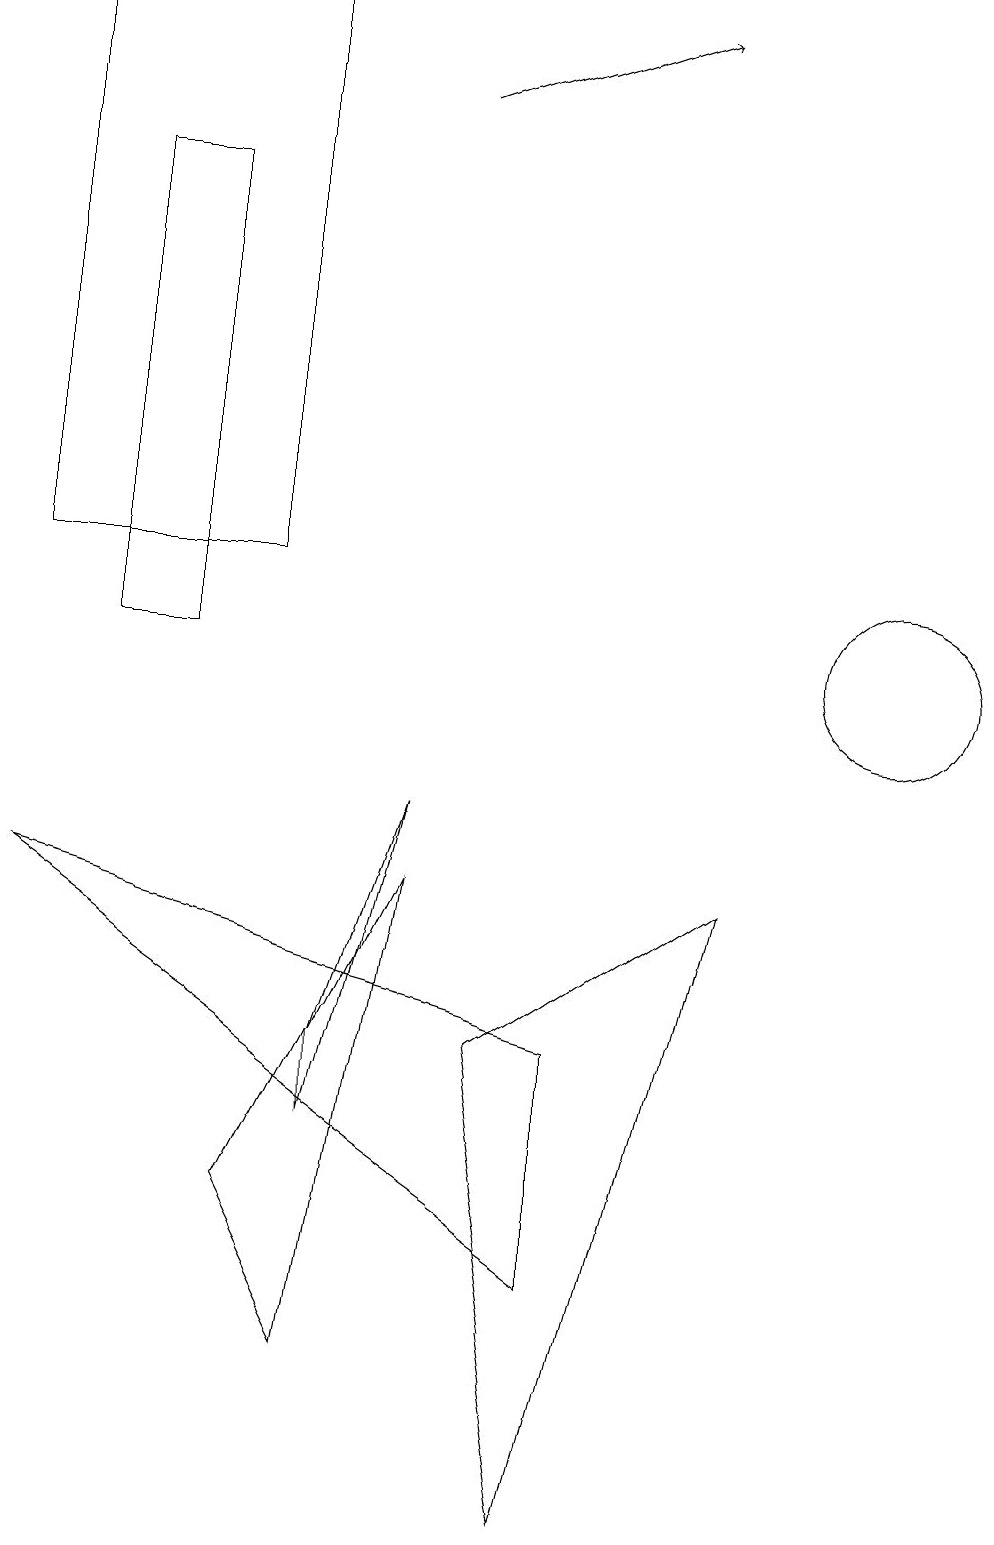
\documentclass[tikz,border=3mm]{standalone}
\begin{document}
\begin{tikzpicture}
\draw (3,19) rectangle (0,12);
\draw (11,11) circle (1);
\draw (4,2) -- (5,8) -- (3,4) -- cycle;
\draw (9,8) -- (6,6) -- (7,0) -- cycle;
\draw (7,6) -- (7,3) -- (0,8) -- cycle;
\draw (4,6) -- (5,9) -- (4,5) -- cycle;
\draw (2,17) rectangle (1,11);
\draw[->] (5,18) -- (8,19);
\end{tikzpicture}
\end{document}